Annual report on the working of the mental hospitals in the Madras Presidency - 1912-1932
Year: 1912
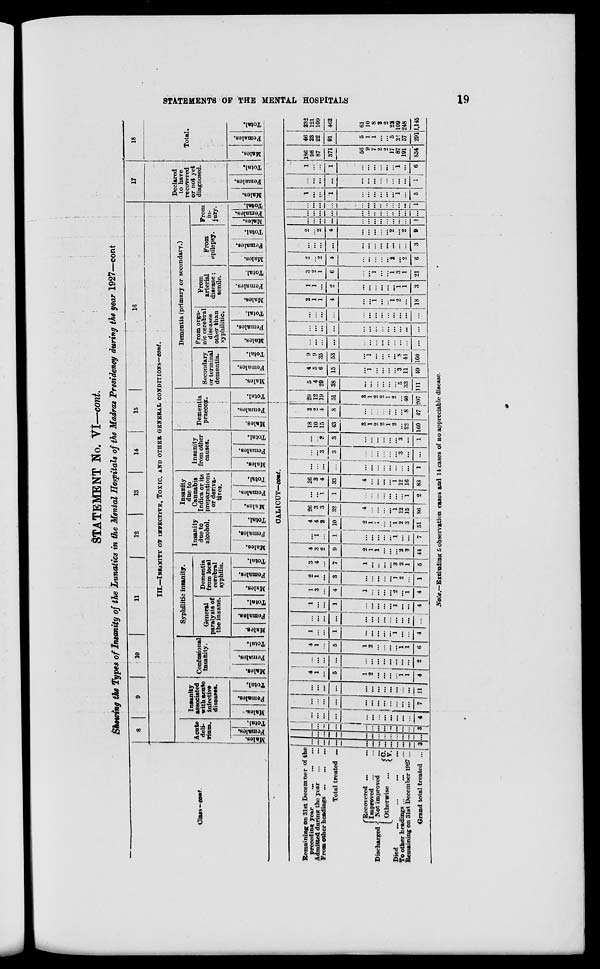
STATEMENTS OF THE MENTAL HOSPITALS
19
STATEMENT No. VI—cont.
Showing the Types of Insanity of the Lunatics in the Mental Hospitals of the Madras Presidency during the year 1927—cont.
Class—cont.
8
9
10
11
12 13 14 15
16
III.—INSANITY OF INFECTIVE, TOXIC, AND OTHER GENERAL CONDITIONS—cont.
Acut
deli¬
rium.
Males.
Females.
Total.
Insanity
associated
with acute
infective
diseases.
Males.
Females.
Total.
Confusions
insanity.
Males.
Females.
Total.
Syphilitic insanity.
General
paralysis of
the insane
Males.
Females.
Total.
Dementia
from local
cerebral
syphilis.
Males.
Females.
Total.
Insanity
due to
alcohol.
Males.
Females.
Total.
Insanity
due to
Cannabis
Indica or its
preparation
or deriva-
tives.
Males.
Females.
Total.
Insanity
from other
causes.
Males.
Females.
Total.
Dementia
praecox.
Males.
Females.
Total.
Dementia (primary or secondary.)
Secondary
or terminal
dementia.
Males.
Females.
Total.
From orga-
nic cerebral
diseases
other than
syphilitic.
Males.
Females.
Total.
From
arterial
disease;
senile.
Males.
Females.
Total.
From
epilepsy.
Males.
Females.
Total.
From
in-
jury.
Males.
Females.
Total.
17
Declared
to have
recovered
or not yet
diagnosed.
Males.
Females.
Total.
18
Total.
Males.
Females.
Total.
CALICUT—cont.
Remaining on 31st December of
preceding year ... ... ...
Admitted during the year
...
...
From other headings
...
...
...
Total treated ...
Discharged
Recovered ... ...
Improved ... ...
Not improved ...
Otherwise ...
C.
V.
Died
...
...
... ...
To other headings ...
... ...
Remaining on 31st December 1927 ...
Grand total treated ...
... ...
...
...
...
...
...
...
...
...
...
...
3
...
...
...
...
...
...
...
...
...
...
...
...
...
...
...
...
...
...
...
...
...
...
...
...
...
3
...
...
...
...
...
...
...
...
...
...
...
...
4
...
...
...
...
...
...
...
...
...
...
...
...
7
... ...
...
...
...
...
...
...
...
...
...
...
11
4
1
...
5
...
2
...
...
...
...
1
1
4
...
...
...
...
...
...
...
...
...
...
...
...
2
4
1
...
5
1
2
...
...
...
...
1
1
6
1
...
...
1
...
...
...
...
...
1
...
...
4
...
...
...
...
...
...
...
...
...
...
...
...
...
1
...
...
1
...
...
...
...
...
1
...
...
4
1
3
...
4
1
...
...
...
...
2
...
1
4
2
1
...
3
...
...
...
...
...
1
2
...
1
3
4
...
7
1
...
...
...
...
3
2
1
5
4
3
2
9
2
1
1
...
...
...
2
3
44
...
1
...
1
...
...
...
...
...
1
...
...
7
4
4
2
10
2
1
1
...
...
1
2
3
51
26
3
3
32
4
...
...
...
...
1
12
15
86
...
...
1
1
...
...
...
...
...
...
...
1
2
26
3
4
33
4
...
...
...
...
1
12
16
88
...
...
...
...
...
...
...
...
...
...
...
...
1
...
...
3
3
...
...
...
...
...
...
3
...
...
...
...
3
3
...
...
...
...
...
...
3
...
1
18
10
15
43
3
1
2
2
1
2
...
32
160
2
2
4
8
...
...
...
...
...
...
...
8
47
20
12
19
51
3
1
2
2
1
2
...
40
207
5
4
29
38
...
...
...
...
...
...
5
33
111
4
5
6
15
...
1
...
...
...
...
3
11
49
9
9
35
53
...
1
...
...
...
...
8
44
160
...
...
...
...
...
...
...
...
...
...
...
...
...
...
...
...
...
...
...
...
...
...
...
...
...
...
...
...
...
...
...
...
...
...
...
...
...
...
...
2
1
1
4
...
...
1
...
...
1
2
...
18
1
1
...
2
...
...
...
...
...
...
1
1
3
3
2
1
6
...
...
1
...
...
1
3
1
21
2
...
2
4
...
...
...
...
...
2
...
2
6
...
...
...
...
...
...
...
...
...
...
...
...
3
2
...
2
4
...
...
...
...
...
2
...
2
9
...
...
...
...
...
...
...
...
...
...
...
...
1
...
...
...
...
...
...
...
...
...
...
...
...
...
...
...
...
...
...
...
...
...
...
...
...
...
1
1
...
...
1
...
...
...
...
...
...
1
...
5
...
...
...
...
...
...
...
...
...
...
...
...
1
1
...
...
1
...
...
...
...
...
...
1
...
6
186
98
87
371
56
9
7
2
2
17
87
191
854
46
23
22
91
5
1
1
...
...
5
22
57
291
232
121
109
462
61
10
8
2
2
22
109
248
1,145
Note.—Excluding 5 observation cases and 14 cases of no appreciable disease.